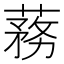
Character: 蓩